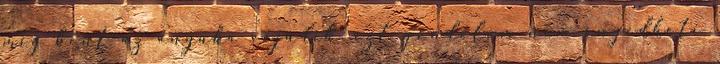
míg bent az anyuka vajúdik. ezt gondolom nem engedheti